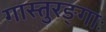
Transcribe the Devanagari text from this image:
गास्तुरङ्गाः